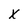
Character: X